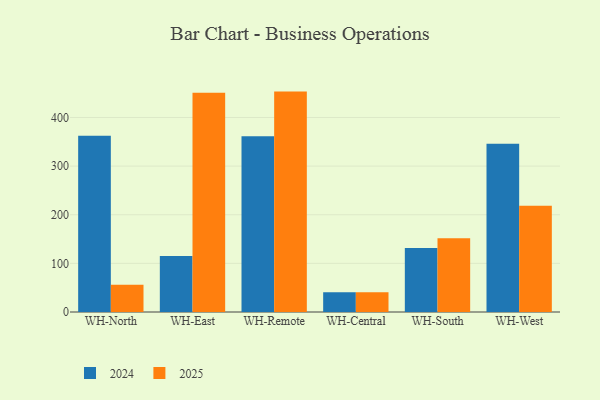
{"axis": {"x": "Warehouse", "y": "Active Users"}, "legend": ["2024", "2025"], "data": [{"x": "WH-North", "y": 362.5, "type": "2024"}, {"x": "WH-North", "y": 56.1, "type": "2025"}, {"x": "WH-East", "y": 115.4, "type": "2024"}, {"x": "WH-East", "y": 451.0, "type": "2025"}, {"x": "WH-Remote", "y": 361.4, "type": "2024"}, {"x": "WH-Remote", "y": 453.2, "type": "2025"}, {"x": "WH-Central", "y": 40.6, "type": "2024"}, {"x": "WH-Central", "y": 40.5, "type": "2025"}, {"x": "WH-South", "y": 131.7, "type": "2024"}, {"x": "WH-South", "y": 151.4, "type": "2025"}, {"x": "WH-West", "y": 346.0, "type": "2024"}, {"x": "WH-West", "y": 218.4, "type": "2025"}]}